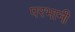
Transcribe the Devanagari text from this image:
परभानी